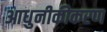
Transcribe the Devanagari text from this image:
आधुनीकीकरण